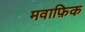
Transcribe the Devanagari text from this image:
मवाफ़िक